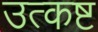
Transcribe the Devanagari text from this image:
उत्कष्ट